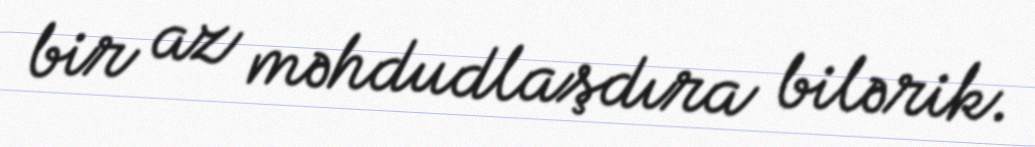
bir az məhdudlaşdıra bilərik.